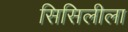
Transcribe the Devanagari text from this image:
सिसिलीला